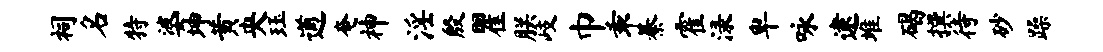
祠名特婆坤黄央珏遒奄神淫殷瞿朕岐巾乖綦霍渌卑咏逮堆碣撰待砂躁